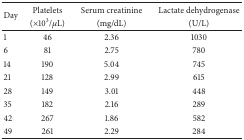
<table><thead><tr><td rowspan="2"><b>Day</b></td><td><b>Platelets</b></td><td><b>Serum creatinine</b></td><td><b>Lactate dehydrogenase </b></td></tr><tr><td><b>(×10<sup>3</sup>/<i>μ</i>L)</b></td><td><b>(mg/dL)</b></td><td><b>(U/L)</b></td></tr></thead><tbody><tr><td>1</td><td>46</td><td>2.36</td><td>1030</td></tr><tr><td>6</td><td>81</td><td>2.75</td><td>780</td></tr><tr><td>14</td><td>190</td><td>5.04</td><td>745</td></tr><tr><td>21</td><td>128</td><td>2.99</td><td>615</td></tr><tr><td>28</td><td>149</td><td>3.01</td><td>448</td></tr><tr><td>35</td><td>182</td><td>2.16</td><td>289</td></tr><tr><td>42</td><td>267</td><td>1.86</td><td>582</td></tr><tr><td>49</td><td>261</td><td>2.29</td><td>284</td></tr></tbody></table>